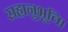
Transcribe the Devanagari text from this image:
सहानुभूति।